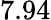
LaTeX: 7.94